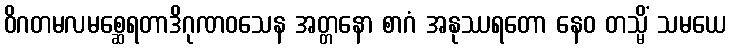
ဝိဂတမလမစ္ဆေရတာဒိဂုဏဝသေန အတ္တနော စာဂံ အနုဿရတော နေဝ တသ္မိံ သမယေ